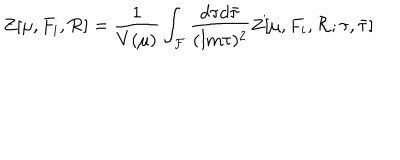
Z [ \mu , F _ { i } , { \cal R } ] = \frac { 1 } { V ( \mu ) } \int _ { \cal F } \frac { d \tau d { \bar { \tau } } } { ( \mathrm { I m } \tau ) ^ { 2 } } Z [ \mu , F _ { i } , { \cal R } ; \tau , { \bar { \tau } } ]